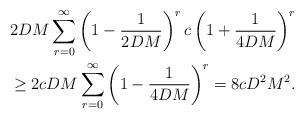
LaTeX: \begin{align*} 2DM\sum_{r=0}^\infty\left(1-\frac{1}{2DM}\right)^r c\left(1+\frac{1}{4DM}\right)^r \\ \geq 2cDM\sum_{r=0}^\infty \left(1-\frac{1}{4DM}\right)^r = 8cD^2 M^2. \end{align*}